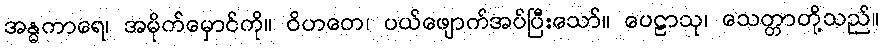
အန္ဓကာရေ၊ အမိုက်မှောင်ကို။ ဝိဟတေ၊ ပယ်ဖျောက်အပ်ပြီးသော်။ ပေဠာသု၊ သေတ္တာတို့သည်။